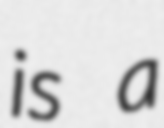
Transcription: is a